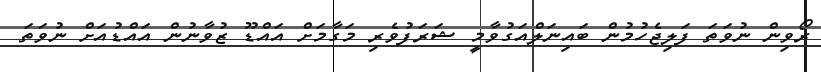
ރޯވިން ނުވަތަ ފަލިޖެހުމުން ބައިނަލްއަގުވާމީ ޝަރަފުވެރި މަގާމަށް އައްޑޫ ޒުވާނުން އައްޑުއަށް ނުވަތަ